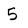
Character: 5